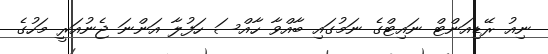
ނިއު ރޭޑިއަންޓް ނައިޓްގެ ނަމުގައި ބާއްވާ ހާއްސަ ހަފުލާ އަންނަ ޖެނުއަރީ މަހުގެ